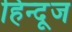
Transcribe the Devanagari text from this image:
हिन्दूज